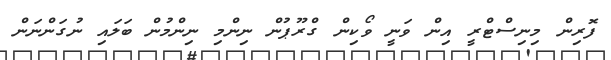
ފޮރިން މިނިސްޓްރީ އިން ވަނީ ވޯކިން ގްރޫޕުން ނިންމި ނިންމުން ބަލައި ނުގަންނަން